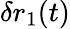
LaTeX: \delta r_{1}(t)